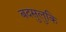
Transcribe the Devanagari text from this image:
बदसुलुकि